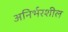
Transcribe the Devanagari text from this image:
अनिर्भरशील